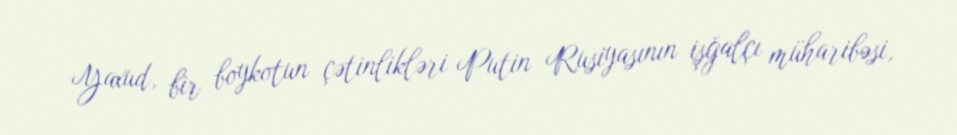
Yaxud, bir boykotun çətinlikləri Putin Rusiyasının işğalçı müharibəsi,